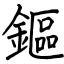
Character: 鏂